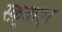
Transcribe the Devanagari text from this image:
स्क़्वाएर